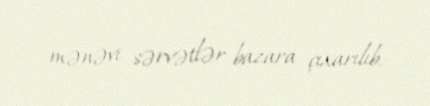
mənəvi sərvətlər bazara çıxarılıb.